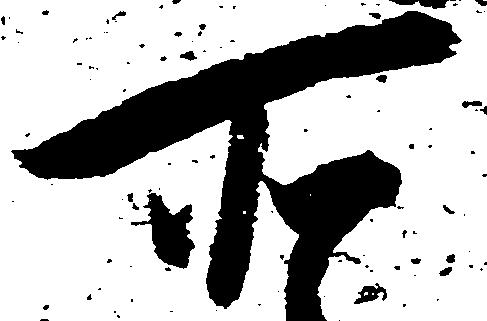
所